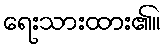
ရေးသားထား၏။